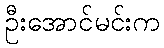
ဦးအောင်မင်းက